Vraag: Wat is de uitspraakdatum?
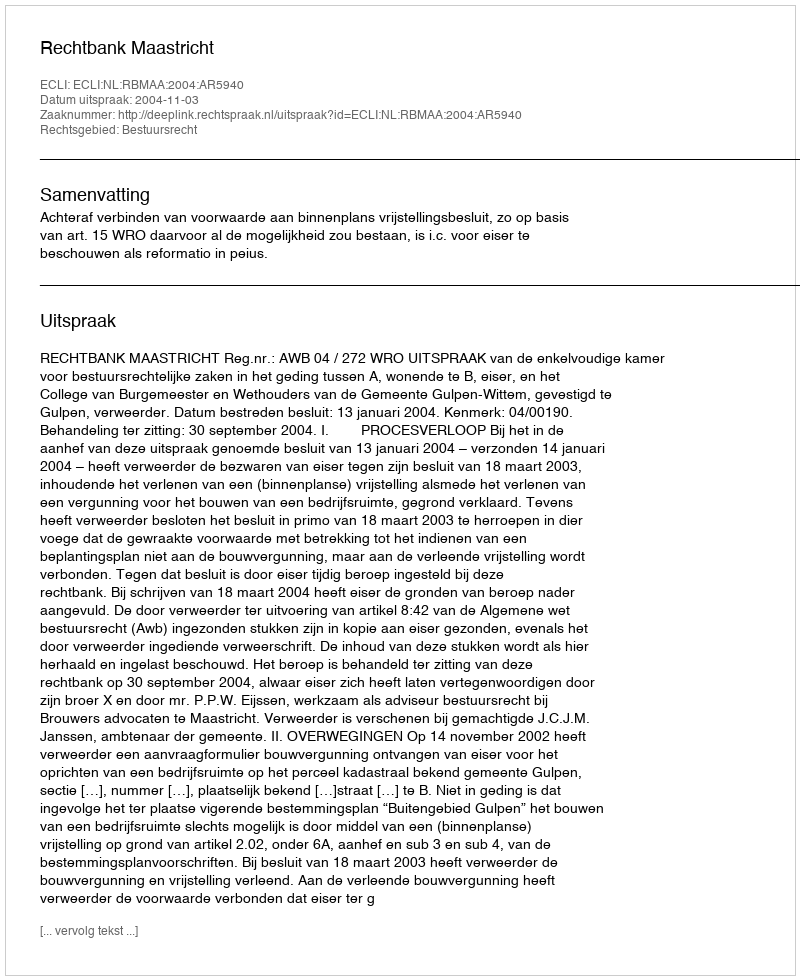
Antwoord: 2004-11-03